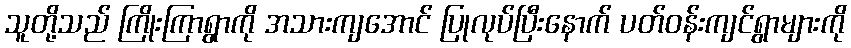
သူတို့သည် ကြိုးကြာရွာကို အသားကျအောင် ပြုလုပ်ပြီးနောက် ပတ်ဝန်းကျင်ရွာများကို